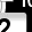
Digit: 2